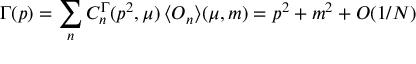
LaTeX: \Gamma ( p ) = \sum _ { n } C _ { n } ^ { \Gamma } ( p ^ { 2 } , \mu ) \, \langle { \cal O } _ { n } \rangle ( \mu , m ) = p ^ { 2 } + m ^ { 2 } + O ( 1 / N )